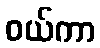
ဝယ်ကာ